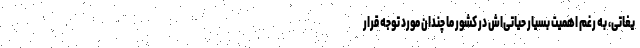
یغاتی، به رغم اهمیت بسیار حیاتی‌اش در کشور ما چندان مورد توجه قرار